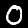
Digit: 0